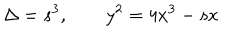
\Delta = s ^ { 3 } , \qquad y ^ { 2 } = 4 x ^ { 3 } - s x